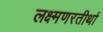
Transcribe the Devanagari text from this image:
लक्ष्मणरतीर्था